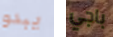
يبدو باجي